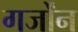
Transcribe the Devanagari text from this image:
गर्जोंन